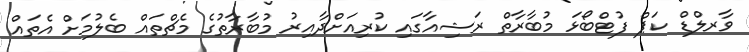
ވާރލްޑް ކަޕް ފުޓްބޯޅަ މުބާރާތް ރަޝިއާގައި ކުރިއަށްދާއިރު މުބާރާތުގެ މެޗްތައް ބެލުމަށް އެތައް